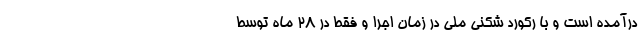
درآمده است و با رکورد شکنی ملّی در زمان اجرا و فقط در ۲۸ ماه توسط